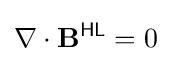
\nabla \cdot \mathbf {B} ^{\textsf {HL}}=0